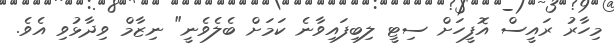
މިހާރު ރައީސް އޮފީހަށް ސިޓީ ލިބިފައިވާނެ ކަމަށް ބެލެވެނީ" ނިޒާމް ވިދާޅުވި އެވެ.